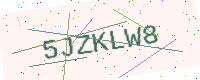
Text: 5JZKLW8